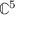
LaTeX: \mathbb { C } ^ { 5 }